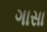
ગાસા